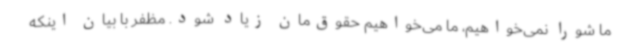
ما شورا نمی‌خواهیم، ما می‌خواهیم حقوق‌مان زیاد شود. مظفر با بیان اینکه